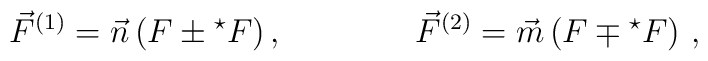
\vec{F}^{(1)}=\vec{n}  \left( F\pm {}^{\star}F \right),\qquad\qquad  \vec{F}^{(2)}=\vec{m}  \left( F\mp {}^{\star}F \right)\, ,